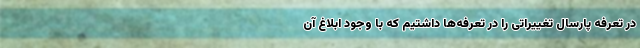
در تعرفه پارسال تغییراتی را در تعرفه‌ها داشتیم که با وجود ابلاغ آن